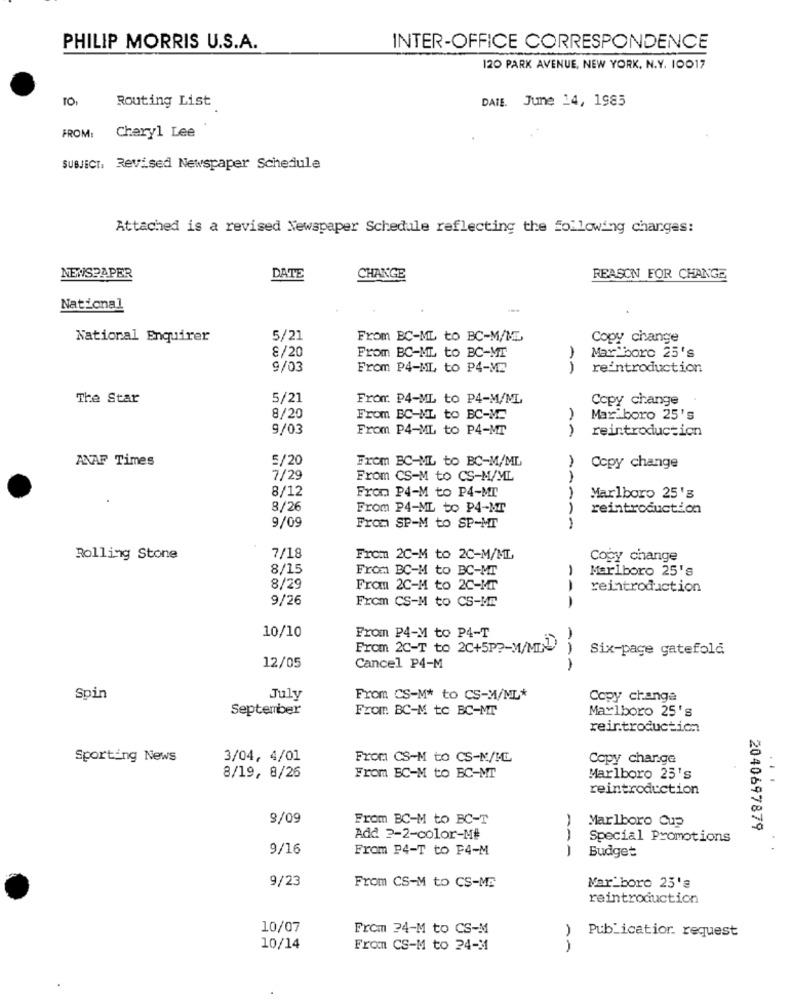
PHILIP MORRIS U.S.A.
INTER-OFFICE CORRESPONDENCE
120 PARK AVENUE, NEW YORK, N.Y. 10017
TO,
Routing List
DAIE. June 14, 1985
FROM:
Cheryl Lee
SUBJECT, Revised Newspaper Schedule
Attached is a revised Newspaper Schedule reflecting the following changes:
NEWSPAPER
DATE
CHANGE
REASON FOR CHANGE
National
National Enquirer
5/21
From BC-ML to BC-M/ML
Copy change
From BC-ML to BC-MT
Max.boro 25's
8/20
9/03
From P4-ML to P4-ME
1
reintroduction
The Star
5/21
From. P4-ML to P4-M/ML
Copy change
8/20
From BC-ML to BC-ME
Maxiboro 25's
9/03
From P4-ML to P4-MT
reintroduction
ANAF Times
5/20
From BC-ML to BC-M/ML
Copy change
7/29
From CS-M to CS-M/ML
8/12
From P4-M to P4-MI
Marlboro 25's
8/26
From P4-ML to P4-NT
reintroduction
9/09
From SP-M to SP-MT
-
Rolling Stone
7/18
From 2C-M to 20-M/ML
Copy change
8/15
From BC-M to BC-MT
Marlboro 25's
8/29
Frau 2C-M to 20-MT
reintroduction
9/26
From CS-M to CS-ME
---
10/10
Fromn P4-M to P4-T
From 2C-T to 2C+5P ?- M/MIN
Six-page gatefold
12/05
Cancel P4-M
AAA
Spin
July
From CS-M* to CS-W/ML*
Copy change
September
From BC-M to BC-MT
Marlboro 25's
reintroduction
Sporting News
3/04, 4/01
From CS-M to CS-N/ML
Copy change
8/19, 8/26
From BC-M to BC-MT
Marlboro 23's
reintroduction
9/09
From BC-M to BC-T
Marlboro Cup
2040697879
Add 2-2-color-M#
Special Promotions
9/16
From P4-T to F4-M
Budget
-A-
9/23
From CS-M to CS-ME
Kar boro 25's
reintroduction
10/07
From 24-M to CS-M
Publicatior. request
10/14
Fromm CS-M to 24-M